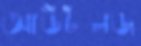
আউটলজ